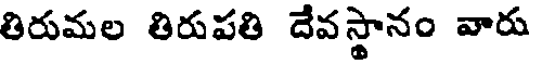
తిరుమల తిరుపతి దేవస్థానం వారు